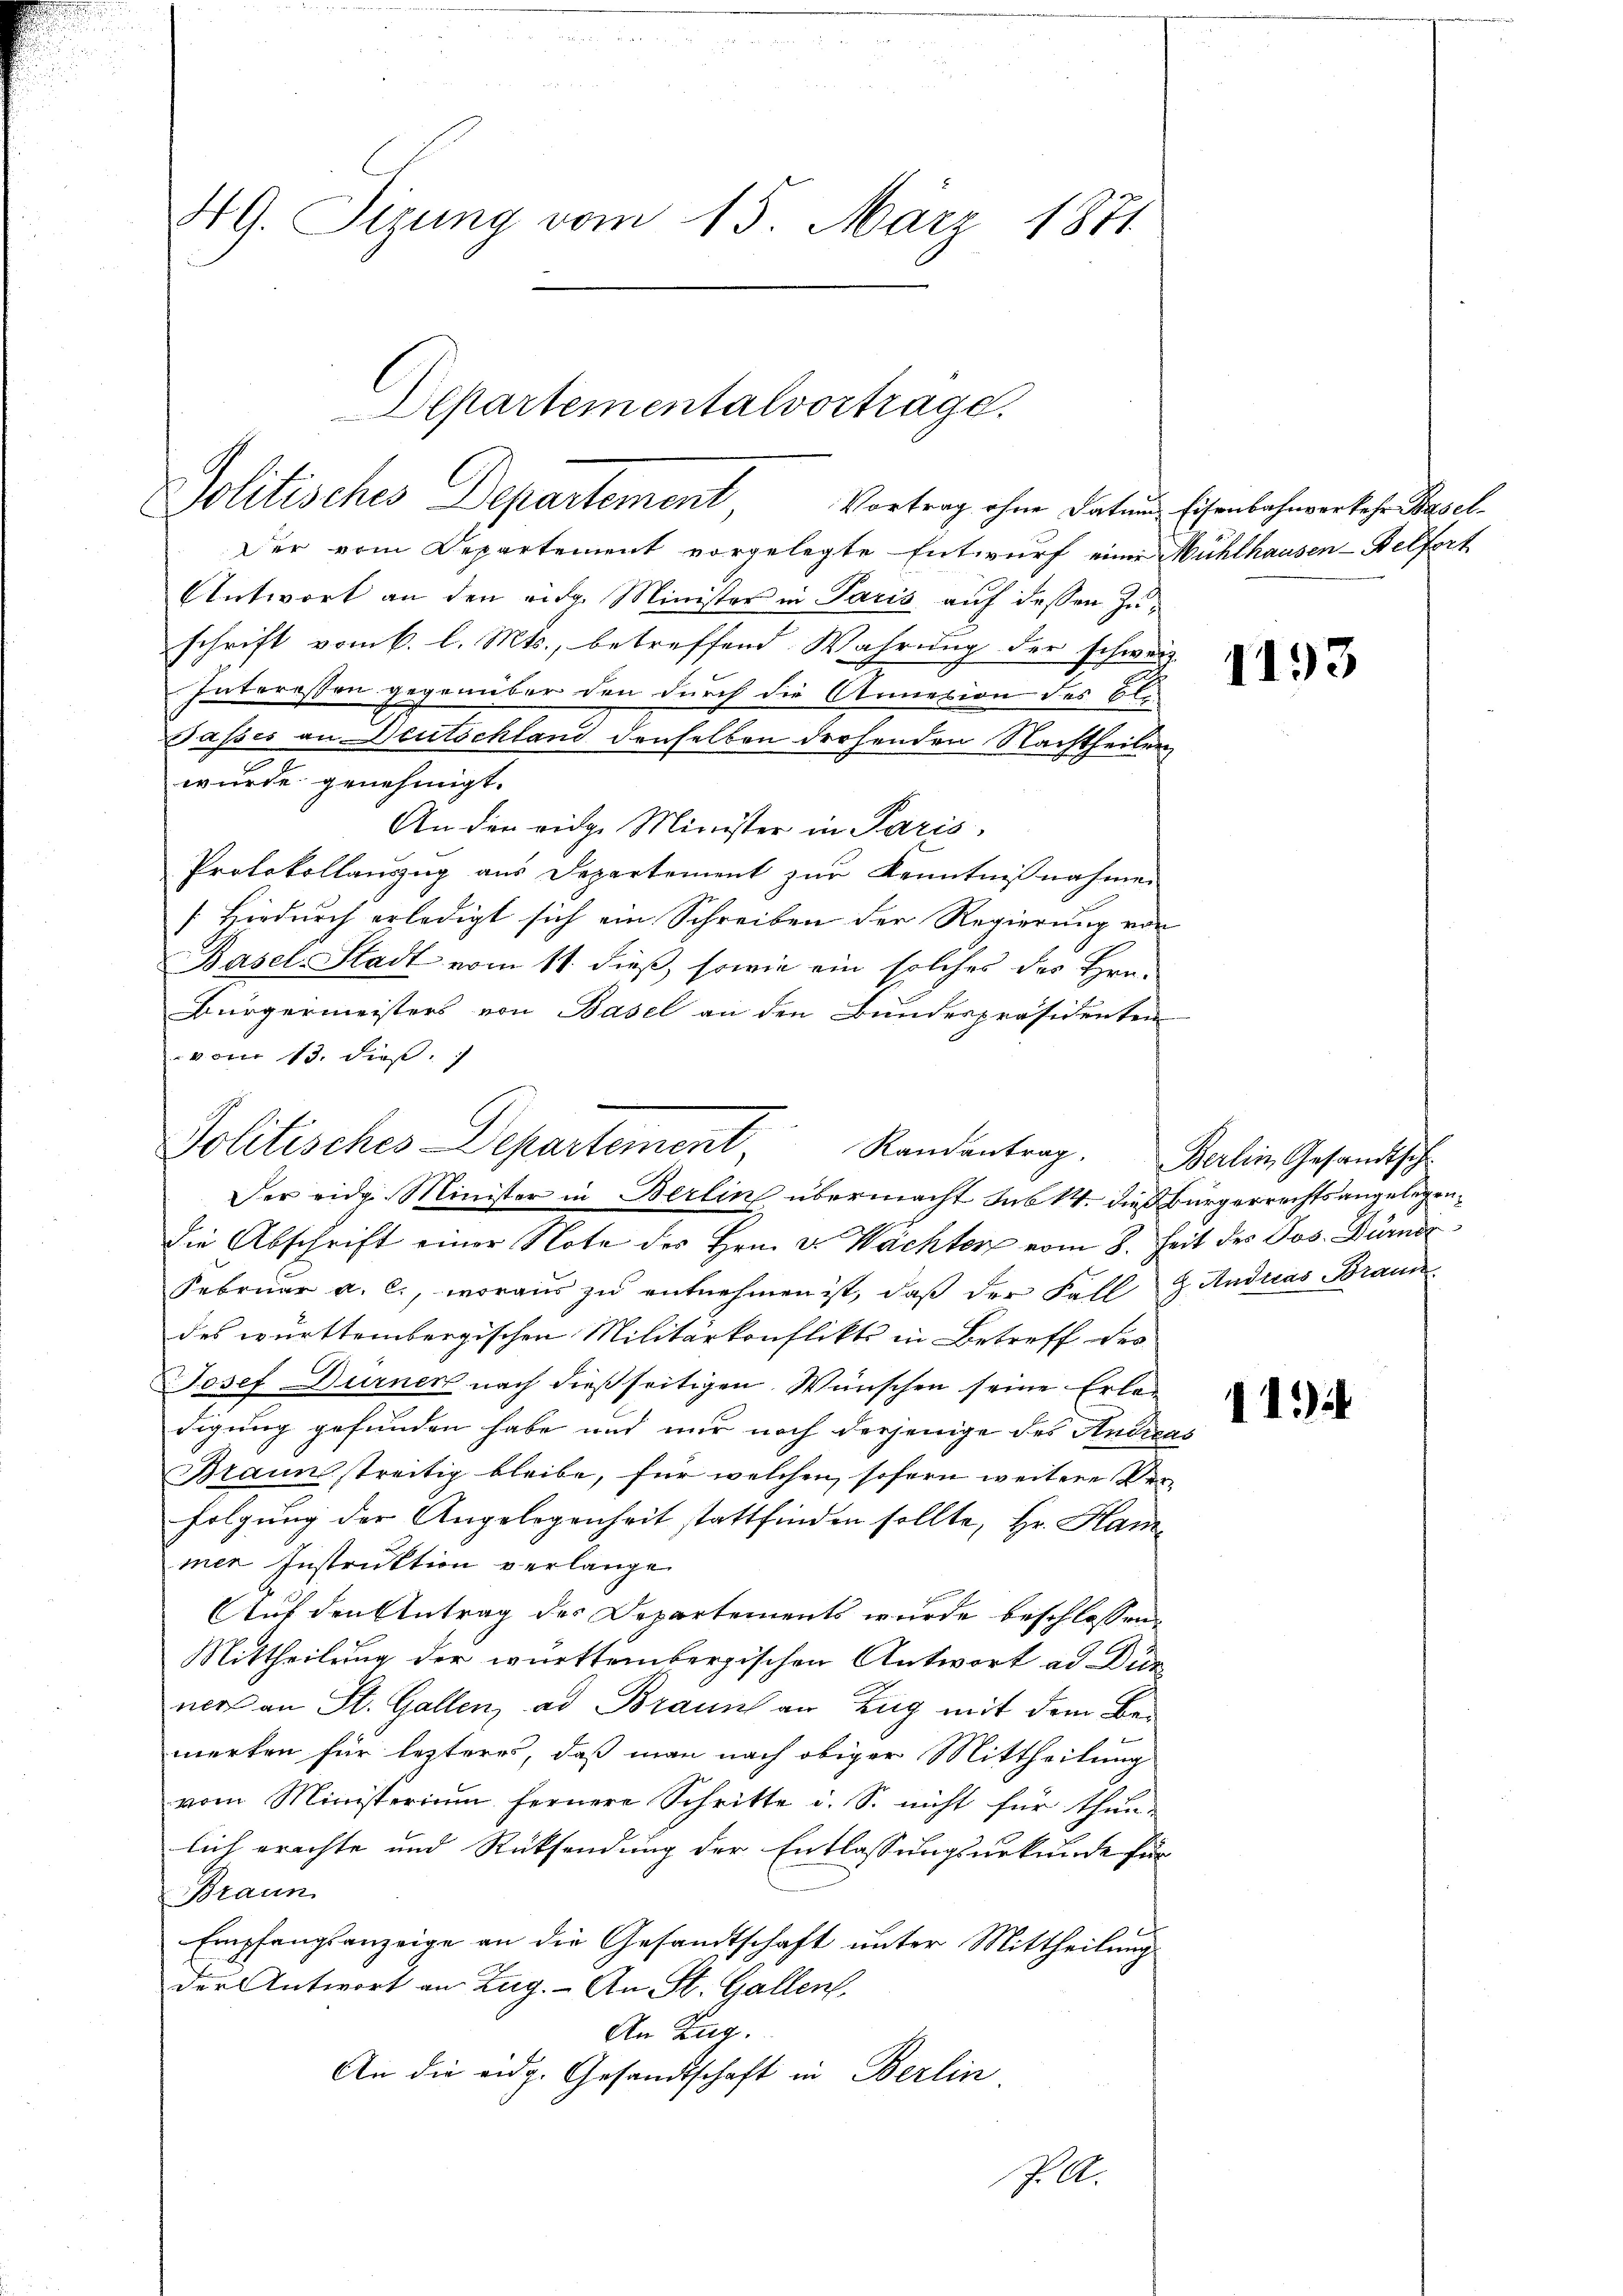
NG. Sizung vom 15. März 1871

Departementalvortrage.
Politisches Departement Vortrag ohne Datans Eisenbahnverkehr Basel

Politisches Departement, Randentrag. Berlin Gesandtsch
Der eidg. Minister in Berlin übermacht Sub 14. dieß Bürgerrechtsangelegen¬

Der vom Departement vorgelegte Entwurf eine Mühlhausen - Belfort
Antwort an den eidg. Minister in Paris auf dessen Zuschrift vom 6. l. Mts., betreffend Wahrung der schweiz.
Interessen gegenüber den durch die Annexion des Ale-
Tasses an Deutschland denselben drohenden Nachtheilen
wurde genehmigt.
An den eidge Minister in Paris,
Protokollauszug aus Departement zur Kenntnißnahmen
[Hiedurch erledigt sich ein Schreiben der Regierung vor
Basel-Stadt vom 11. dieß, sowie ein solches des Hrn.
Bürgermeisters von Basel an den Bundespräsidenten
vom 13. dieß

die Abschrift einer Note des Hrn. v. Wächter vom 8. Zeit des Jos. Dürn
Februar a. c., woraus zu entnehmen ist, daß der Fall & Anduas Braun
des württembergischen Militärkonflikts in Betreff des
Josef Durner nach dießseitigen Wünschen seine Erledigung gefunden habe und nur noch derjenige des Andreas
Braun streitig bleibe, für welchen, sofern weitere Ver-
folgung der Angelegenheit stattfinden sollte, Hr. Han
mer Instruktion verlange
Auf den Antrag des Departements wurde beschlossen,
Mittheilung der württembergischen Antwort ad Dür
ners an St. Gallen, ad Brauns an Zug mit dem Bemerken für letzteres, daß man nach obiger Mittheilung
vom Ministerium fernere Schritte u. S. nicht für thun-
lich erachte und Rücksendung der Entlassungsurkunde für
Braun
Empfangsanzeige an die Gesandtschaft unter Mittheilung
der Antwort an Zug. - An St. Gallen.
An Zug.
An die eidg. Gesandtschaft in Berlin
J. M.

1193

11)